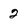
Character: 2